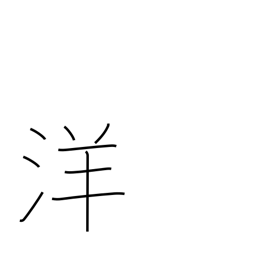
Meaning: Western style